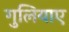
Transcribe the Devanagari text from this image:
गुलियाए